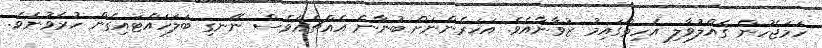
ހަމަޖެހުން ގެއްލުވާލި އެހިތްގައިމު ޒުވާނާއެވެ. އަހަރެންނަށް ބުނާނެ އެއްޗެއްވެސް ނޭނގި ބަލަހައްޓައިގެން ހުރެވުނެވެ.